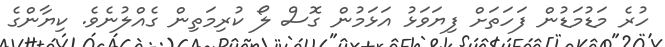
ހުރެ މަޑުމަޑުން ފަހަތަށް ފިޔަވަޅު އަޅަމުން ގޮސް ލޯ ކުރިމަތިން ގެއްލުނެވެ. ކިޔާންގެ